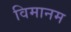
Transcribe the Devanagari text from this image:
विमानम